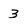
Character: 3